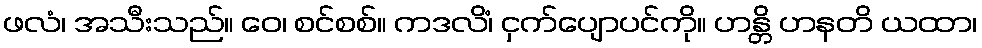
ဖလံ၊ အသီးသည်။ ဝေ၊ စင်စစ်။ ကဒလိံ၊ ငှက်ပျောပင်ကို။ ဟန္တိ ဟနတိ ယထာ၊